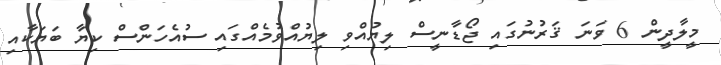
މީލާދީން 6 ވަނަ ޤަރުނުގައި ޖޯޑާނީސް ލިޔުއްވި ލިޔުއްވުމެއްގައި ސުއެހަންސް ކިޔާ ބަޔަކާއި